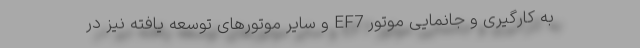
به کارگیری و جانمایی موتور EF7 و سایر موتورهای توسعه یافته نیز در